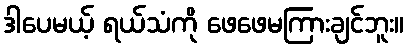
ဒါပေမယ့် ရယ်သံကို ဖေဖေမကြားချင်ဘူး။